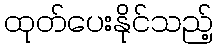
ထုတ်ပေးနိုင်သည့်